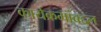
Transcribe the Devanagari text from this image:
कार्यक्रमांबद्दल